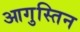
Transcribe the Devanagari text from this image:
आगुस्तिन